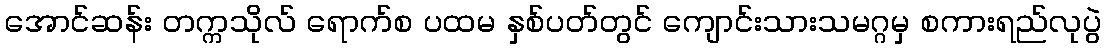
အောင်ဆန်း တက္ကသိုလ် ရောက်စ ပထမ နှစ်ပတ်တွင် ကျောင်းသားသမဂ္ဂမှ စကားရည်လုပွဲ